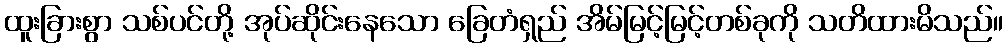
ထူးခြားစွာ သစ်ပင်တို့ အုပ်ဆိုင်းနေသော ခြေတံရှည် အိမ်မြင့်မြင့်တစ်ခုကို သတိထားမိသည်။